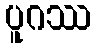
ပူဂဿ